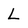
Character: L